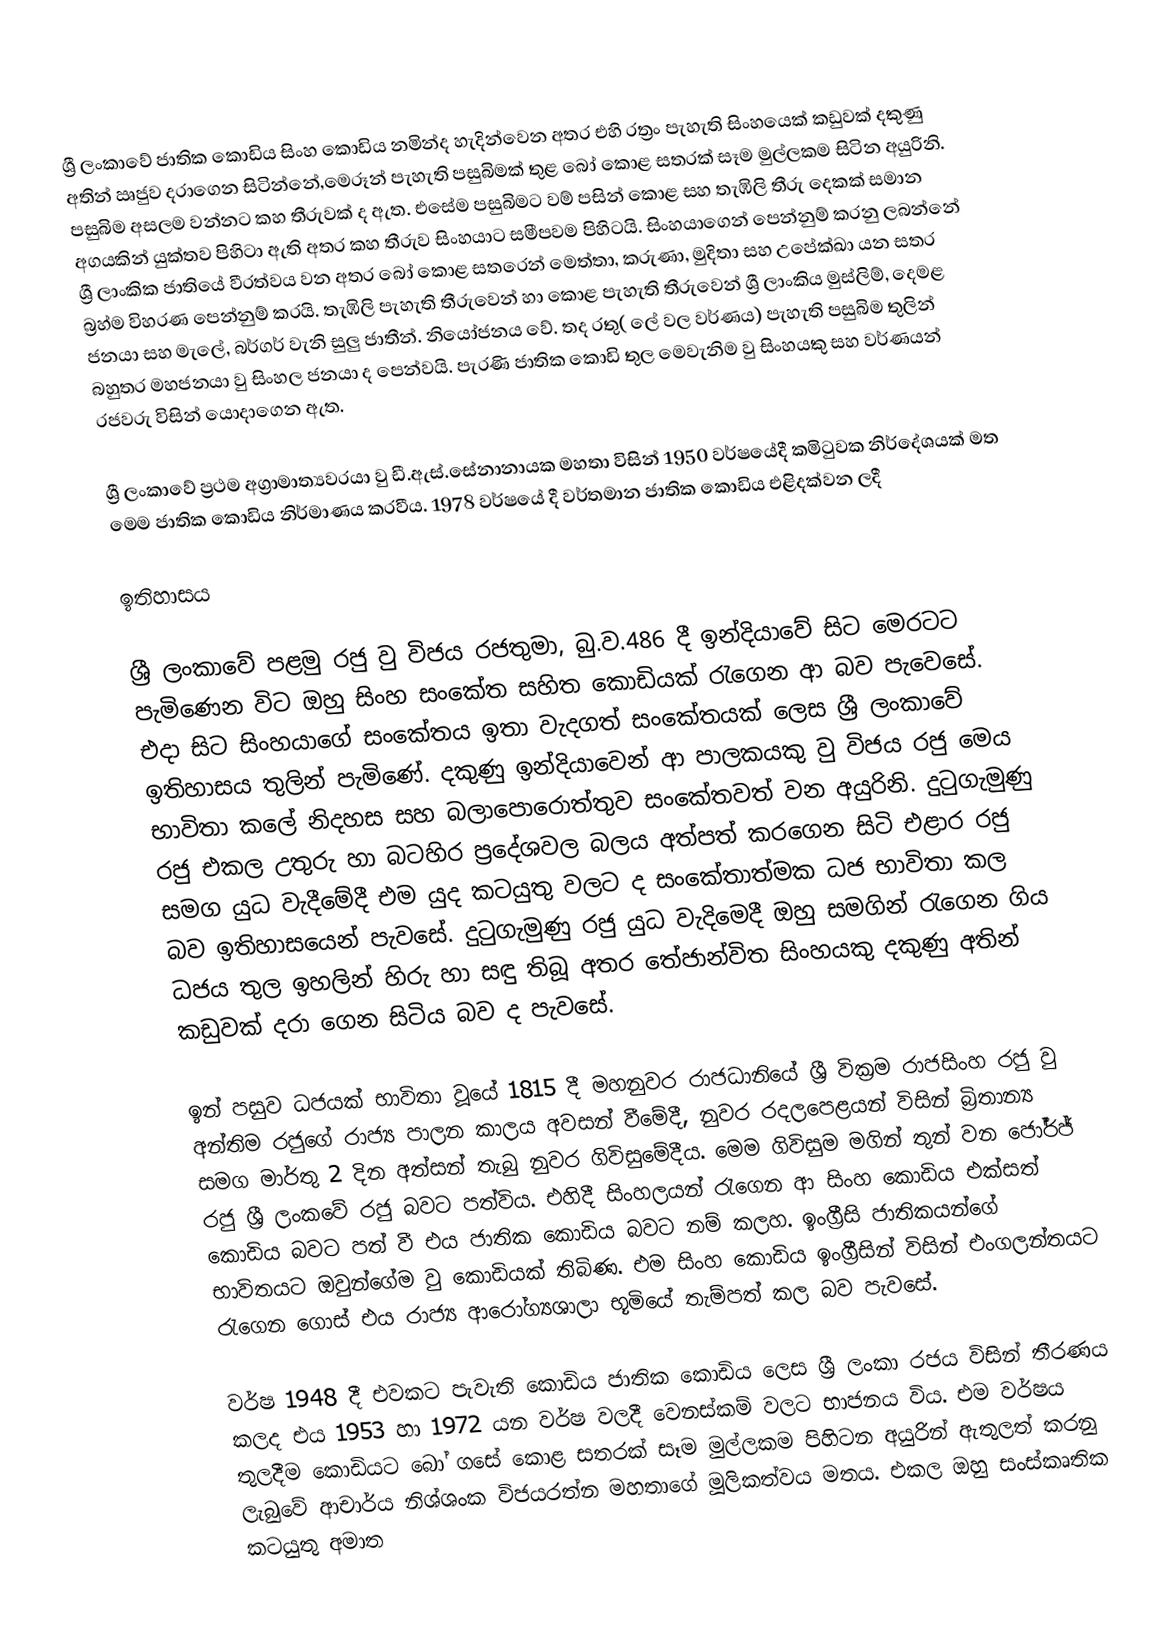
ශ්‍රී ලංකාවේ ජාතික කොඩිය සිංහ කොඩිය නමින්ද හැදින්වෙන අතර එහි රත්‍රං පැහැති සිංහයෙක් කඩුවක් දකුණු අතින් ඍජුව දරාගෙන සිටින්නේ,මෙරූන් පැහැති පසුබිමක් තුළ බෝ කොළ සතරක් සෑම මුල්ලකම සිටින අයුරිනි. පසුබිම අසලම වන්නට කහ තීරුවක් ද ඇත. එසේම පසුබිමට වම් පසින් කොළ සහ තැඹිලි තීරු දෙකක් සමාන අගයකින් යුක්තව පිහිටා ඇති අතර කහ තීරුව සිංහයාට සමීපවම පිහිටයි. සිංහයාගෙන් පෙන්නුම් කරනු ලබන්නේ ශ්‍රී ලාංකික ජාතියේ වීරත්වය වන අතර බෝ කොළ සතරෙන් මෙත්තා, කරුණා, මුදිතා සහ උපේක්ඛා යන සතර බ්‍රහ්ම විහරණ පෙන්නුම් කරයි. තැඹිලි පැහැති තීරුවෙන් හා කොළ පැහැති තීරුවෙන් ශ්‍රී ලාංකිය මුස්ලිම්,  දෙමළ ජනයා සහ මැලේ, බර්ගර් වැනි සුලු ජාතීන්. නියෝජනය වේ. තද රතු( ලේ වල  වර්ණය) පැහැති පසුබිම තුලින් බහුතර මහජනයා වු සිංහල ජනයා ද පෙන්වයි. පැරණි ජාතික කොඩි තුල මෙවැනිම වු සිංහයකු සහ වර්ණයන් රජවරු විසින් යොදාගෙන ඇත.

ශ්‍රී ලංකාවේ ප්‍රථම අග්‍රාමාත්‍යවරයා වු ඩී.ඇස්.සේනානායක මහතා විසින් 1950 වර්ෂයේදී කමිටුවක නිර්දේශයක් මත මෙම ජාතික කොඩිය නිර්මාණය කරවීය. 1978 වර්ෂයේ දී වර්තමාන ජාතික කොඩිය එළිදක්වන ලදී

ඉතිහාසය

ශ්‍රී ලංකාවේ පළමු රජු වු විජය රජතුමා, බු.ව.486 දී ඉන්දියාවේ සිට මෙරටට පැමිණෙන විට ඔහු සිංහ සංකේත සහිත කොඩියක් රැගෙන ආ බව පැවෙසේ. එදා සිට සිංහයාගේ සංකේතය ඉතා වැදගත් සංකේතයක් ලෙස ශ්‍රී ලංකාවේ ඉතිහාසය තුලින් පැමිණේ. දකුණු ඉන්දියාවෙන් ආ පාලකයකු වු විජය රජු මෙය භාවිතා කලේ නිදහස සහ බලාපොරොත්තුව සංකේතවත් වන අයුරිනි. දුටුගැමුණු රජු එකල උතුරු හා බටහිර ප්‍රදේශවල බලය අත්පත් කරගෙන සිටි එළාර රජු සමග යුධ වැදීමේදී එම යුද කටයුතු වලට ද සංකේතාත්මක ධජ භාවිතා කල බව ඉතිහාසයෙන් පැවසේ. දුටුගැමුණු රජු යුධ වැදිමෙදී ඔහු සමගින් රැගෙන ගිය ධජය තුල ඉහලින් හිරු හා සඳු තිබූ අතර තේජාන්විත සිංහයකු දකුණු අතින් කඩුවක් දරා ගෙන සිටිය බව ද පැවසේ.

ඉන් පසුව ධජයක් භාවිතා වූයේ 1815 දී මහනුවර රාජධානියේ ශ්‍රී වික්‍රම රාජසිංහ රජු වු අන්තිම රජුගේ රාජ්‍ය පාලන කාලය අවසන් වීමේදී, නුවර රදලපෙළයන් විසින් බ්‍රිතාන්‍ය සමග මාර්තු 2 දින අත්සන් තැබු නුවර ගිවිසුමේදීය. මෙම ගිවිසුම මගින් තුන් වන ජෝර්ජ් රජු ශ්‍රී ලංකවේ රජු බවට පත්විය. එහිදී සිංහලයන් රැගෙන ආ සිංහ කොඩිය එක්සත් කොඩිය බවට පත් වී එය ජාතික කොඩිය බවට නම් කලහ. ඉංග්‍රීසි ජාතිකයන්ගේ භාවිතයට ඔවුන්ගේම වු කොඩියක් තිබිණ. එම සිංහ කොඩිය ඉංග්‍රීසින් විසින් එංගලන්තයට රැගෙන ගොස් එය රාජ්‍ය ආරෝග්‍යශාලා භූමියේ තැම්පත් කල බව පැවසේ.

වර්ෂ 1948 දී එවකට පැවැති කොඩිය ජාතික කොඩිය ලෙස ශ්‍රී ලංකා රජය විසින් තීරණය කලද එය 1953 හා 1972 යන වර්ෂ වලදී වෙනස්කම් වලට භාජනය විය. එම වර්ෂය තුලදීම කොඩියට බෝ ගසේ කොළ සතරක් සෑම මුල්ලකම පිහිටන අයුරින් ඇතුලත් කරනු ලැබුවේ ආචාර්ය නිශ්ශංක විජයරත්න මහතාගේ මූලිකත්වය මතය. එකල ඔහු සංස්කෘතික කටයුතු අමාත